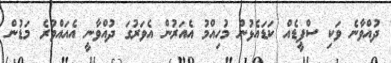
ދުއްވާނެ ވަކި ސްޕީޑެއް ކަޑައެޅުން މުހިއްމު އެއަރުން އެވަރުގަ ދުއްވާނީ އެއައްވުރެ މަޑުން